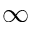
\infty